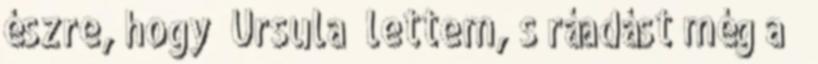
észre, hogy “Ursula” lettem, s ráadást még a ”